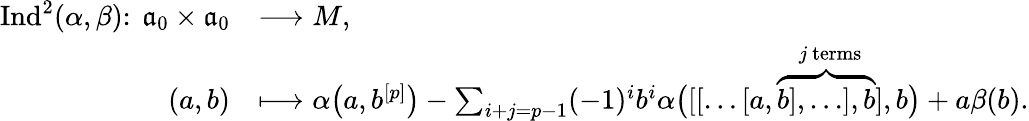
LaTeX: \begin{array}{rl}{\mathrm{Ind}^{2}(\alpha,\beta)\colon\ \mathfrak{a}_{0}\times\mathfrak{a}_{0}}&{\longrightarrow M,}\\ {(a,b)}&{\longmapsto\alpha\bigl(a,b^{[p]}\bigr)-\sum_{i+j=p-1}(-1)^{i}b^{i}\alpha\bigl([[\dots[a,\overset{j\mathrm{~terms}}{\overbrace{b],\dots],b}]},b\bigr)+a\beta(b).}\end{array}